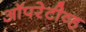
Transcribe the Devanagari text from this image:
ऑपरेटीव्ह